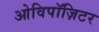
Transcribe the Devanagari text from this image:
ओविपॉज़िटर